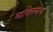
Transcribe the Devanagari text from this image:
व्यक्‍तिमत्व